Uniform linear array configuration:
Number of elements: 32
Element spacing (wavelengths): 0.75
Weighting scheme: cosine
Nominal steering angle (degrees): -60
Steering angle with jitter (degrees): -60.757
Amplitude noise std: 0.05
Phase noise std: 0.05

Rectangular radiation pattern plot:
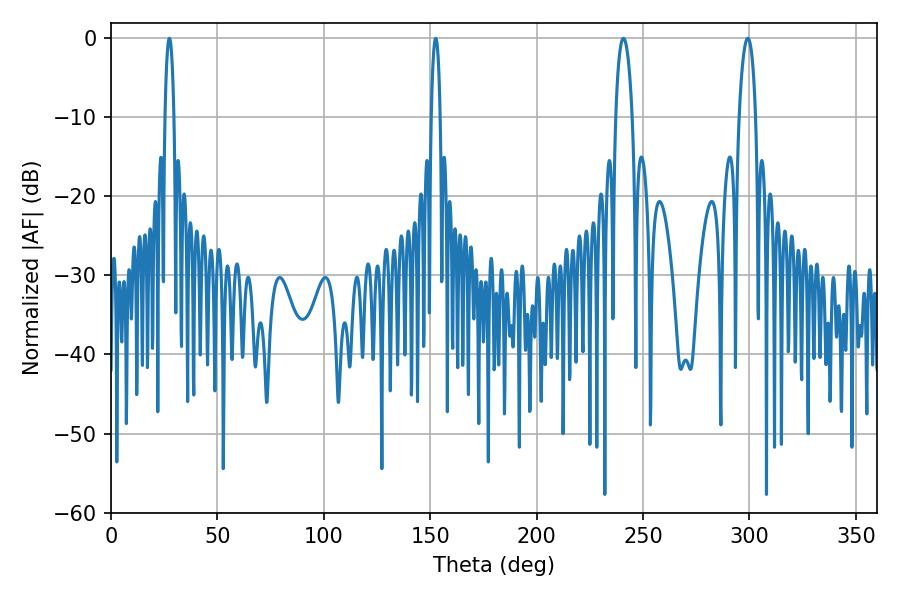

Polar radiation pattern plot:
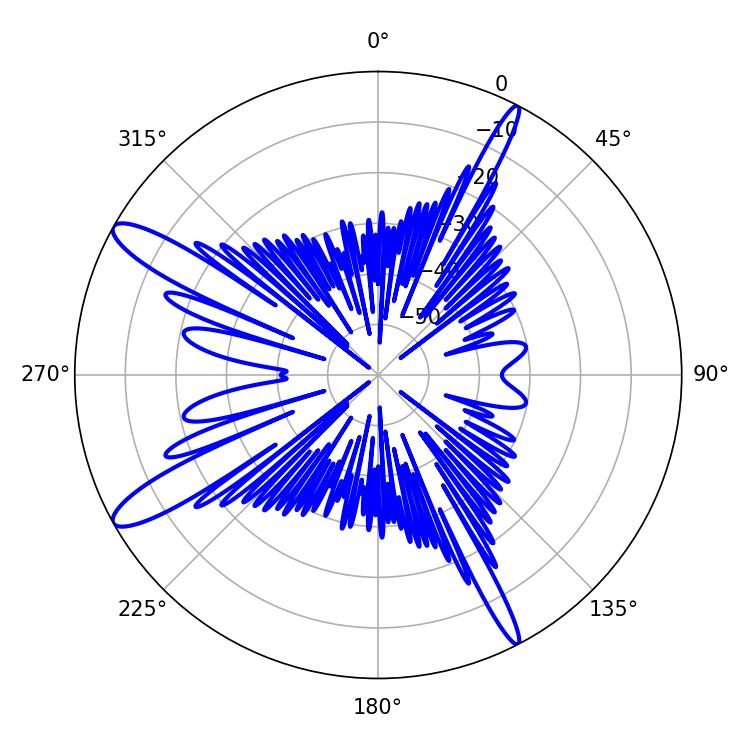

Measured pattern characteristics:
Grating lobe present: TRUE
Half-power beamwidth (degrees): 4.32
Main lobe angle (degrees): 240.84